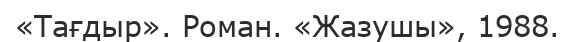
«Тағдыр». Роман. «Жазушы», 1988.